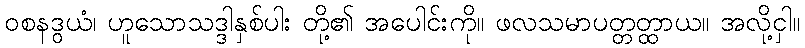
ဝစနဒွယံ၊ ဟူသောသဒ္ဒါနှစ်ပါး တို့၏ အပေါင်းကို။ ဖလသမာပတ္တတ္ထာယ။ အလို့ငှါ။